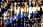
الشئ